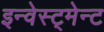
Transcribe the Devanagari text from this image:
इन्वेस्ट्मेन्ट